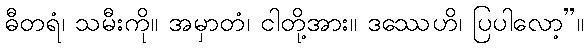
ဓီတရံ၊ သမီးကို။ အမှာတံ၊ ငါတို့အား။ ဒဿေဟိ၊ ပြပါလော့”။